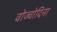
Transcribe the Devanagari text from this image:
वोज्वोदिना